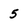
Character: 5